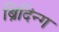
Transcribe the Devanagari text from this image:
ब्रिदिन्ग